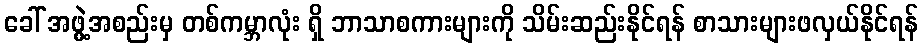
ခေါ် အဖွဲ့အစည်းမှ တစ်ကမ္ဘာလုံး ရှိ ဘာသာစကားများကို သိမ်းဆည်းနိုင်ရန် စာသားများဖလှယ်နိုင်ရန်